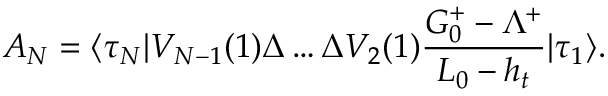
{ \cal A } _ { N } = \langle \tau _ { N } | V _ { N - 1 } ( 1 ) \Delta \ldots \Delta V _ { 2 } ( 1 ) { \frac { G _ { 0 } ^ { + } - \Lambda ^ { + } } { L _ { 0 } - h _ { t } } } | \tau _ { 1 } \rangle .